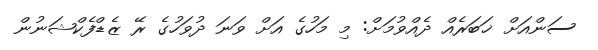
ސަންއަށް ޚަބަރެއް ދެއްވުމަށް: މި މަހުގެ އަށް ވަނަ ދުވަހުގެ ރޭ ޒެޑްފެކްޝަނުން